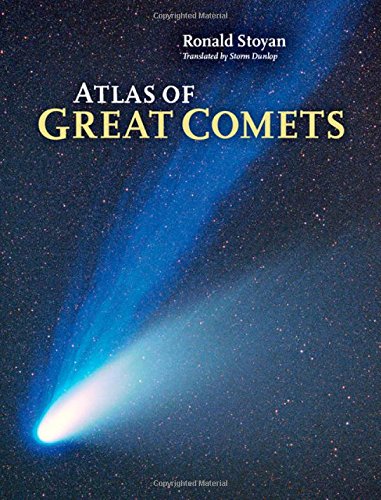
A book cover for Atlas of Great Comets; Ronald Stoyan; Science & Math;